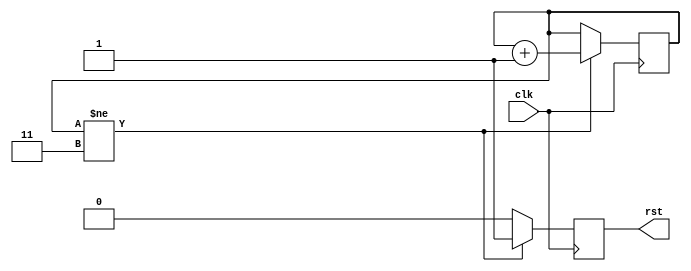
/* simple power on reset module */
module reset (
	/* clock */
	input wire clk,
	/* reset */
	output reg rst
) /* synthesis GSR=ENABLED */;

/* reset counter */
reg [1:0] cnt = 0;

/* logic */
always @ (posedge clk)
begin
	/* reset counter */
	if (cnt != 2'b11) begin
		/* increment reset */
		cnt <= cnt + 1'b1;
		/* keep the reset signal asserted */
		rst <= 1'b1;
	/* release the reset signal */
	end else begin
		rst <= 1'b0;
	end
end

endmodule